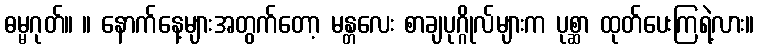
ဓမ္မဂုတ်။ ။ နောက်နေ့များအတွက်တော့ မန္တလေး စာချပုဂ္ဂိုလ်များက ပုစ္ဆာ ထုတ်ပေးကြရဲ့လား။